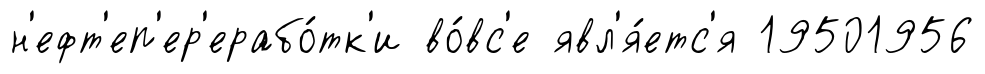
н'ефт'еп'ер'ерабо́тк'и во́вс'е явл'я́етс'я 19501956